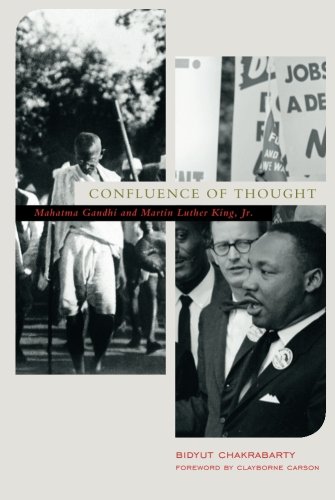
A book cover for Confluence of Thought: Mahatma Gandhi and Martin Luther King, Jr.; Bidyut Chakrabarty; Religion & Spirituality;